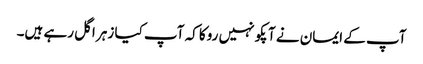
آپ کے ایمان نے آپکو نہیں روکا کہ آپ کیا زہر اگل رہے ہیں۔